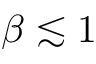
\beta \lesssim 1